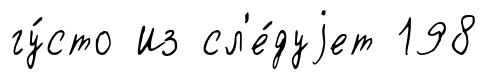
гу́сто Из сл'е́дуjет 198